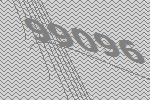
99096